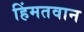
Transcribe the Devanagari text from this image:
हिंमतवान